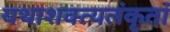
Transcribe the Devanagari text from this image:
यथाशक्त्यलंकृतां